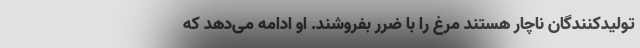
تولیدکنندگان ناچار هستند مرغ را با ضرر بفروشند. او ادامه می‌دهد که